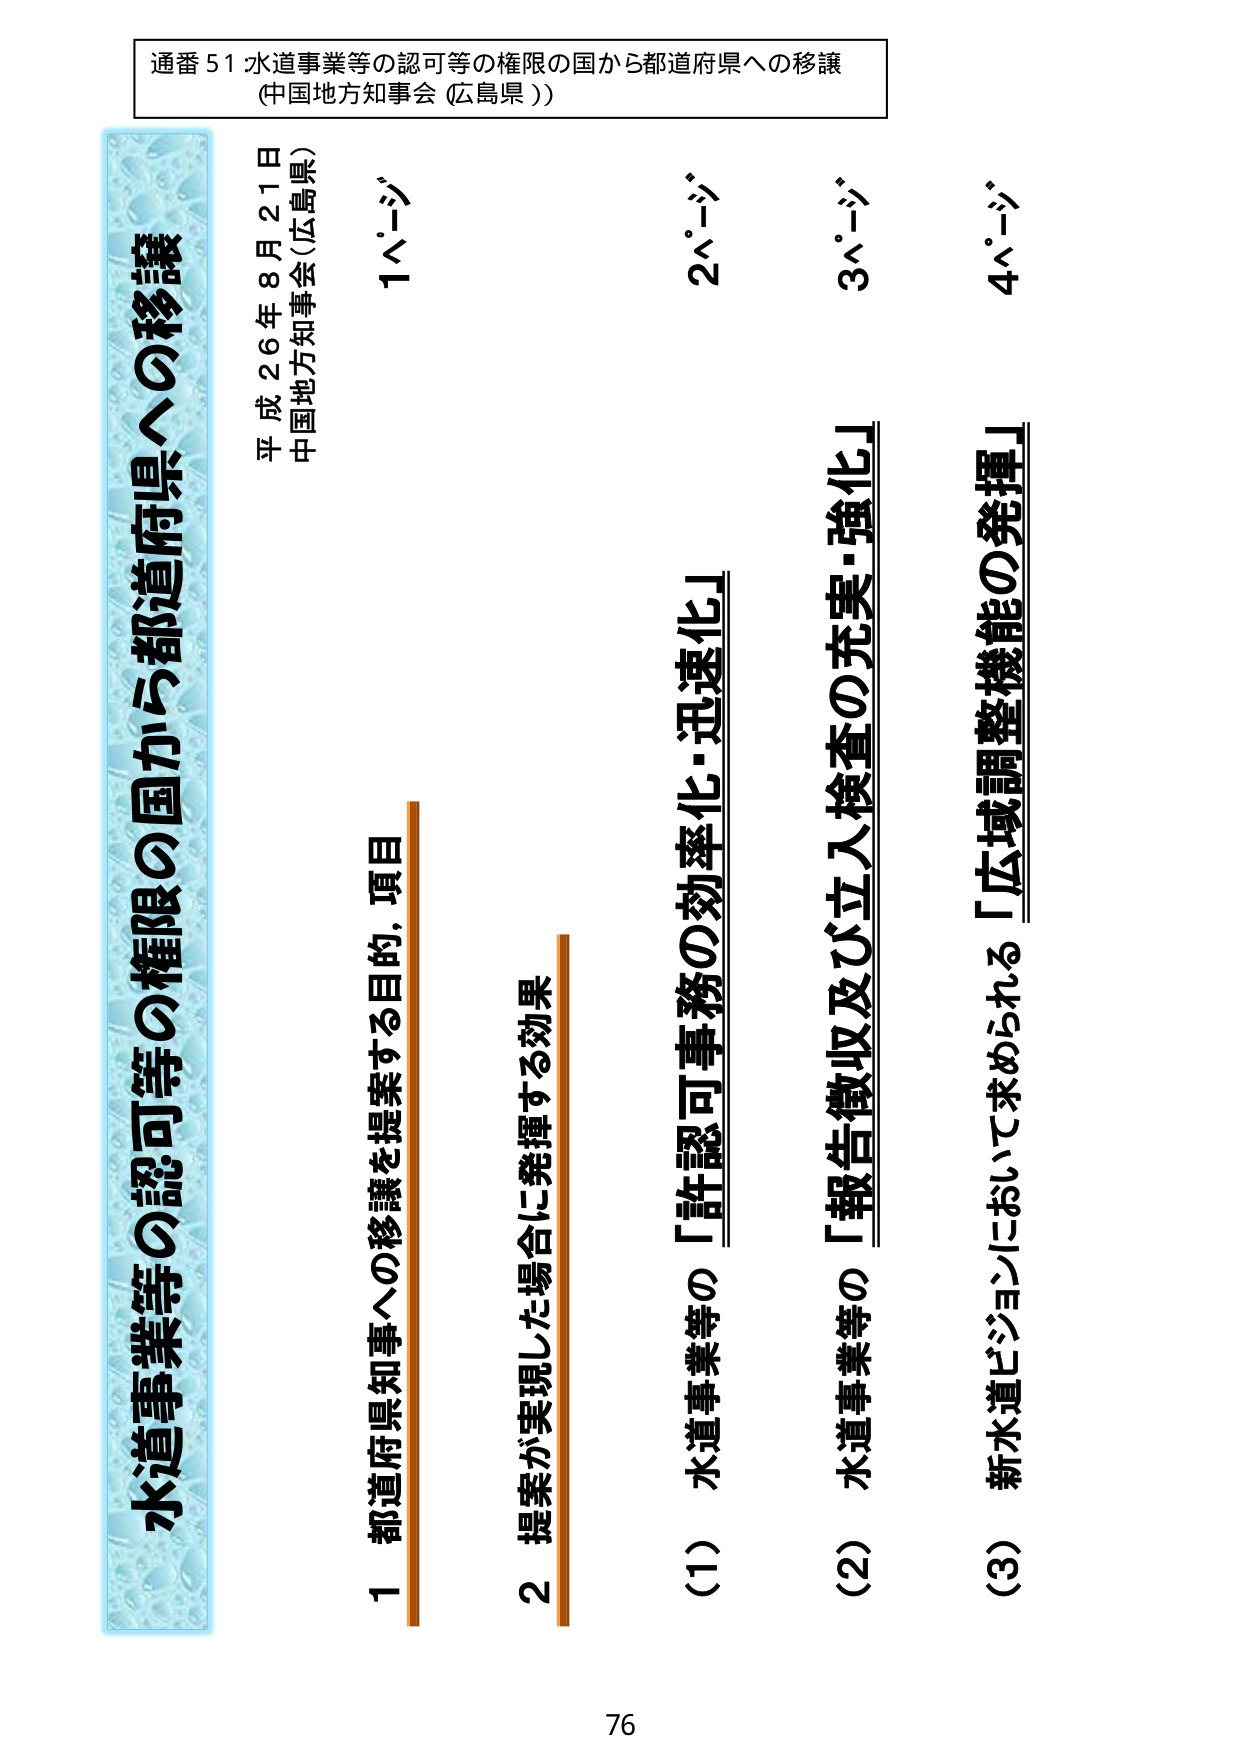
通番 51 水道事業等の認可等の権限の国から都道府県への移譲
(中国地方知事会 (広島県))

水道事業等の認可等の権限の国から都道府県への移譲
平成26年8月21日
中国地方知事会 (広島県)

1 都道府県知事への移譲を提案する目的、項目
2 提案が実現した場合に発揮する効果

1ページ
(1) 水道事業等の「許認可事務の効率化・迅速化」
2ページ
(2) 水道事業等の「報告徴収及び立入検査の充実・強化」
3ページ
(3) 新水道ビジョンにおいて求められる「広域調整機能の発揮」
4ページ

76